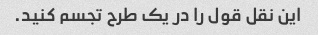
این نقل قول را در یک طرح تجسم کنید.